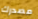
مصدرك